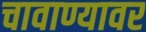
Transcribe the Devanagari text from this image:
चावाण्यावर